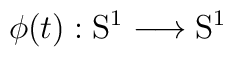
\phi(t): \mathrm{S}^1 \longrightarrow \mathrm{S}^1